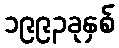
၁၉၉၃ခုနှစ်